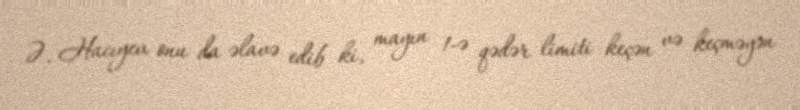
Ə. Hacıyev onu da əlavə edib ki, mayın 1-ə qədər limiti keçən və keçməyən